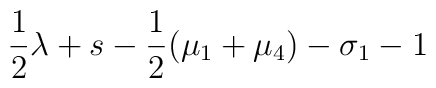
\frac{1}{2}\lambda +s-\frac{1}{2}(\mu_1+\mu_4)-\sigma_1-1